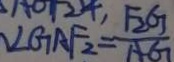
\angle G A F _ { 2 } = \frac { F _ { 2 } G } { A G }